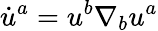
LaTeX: \dot{u}^{a}=u^{b}\nabla_{b}u^{a}